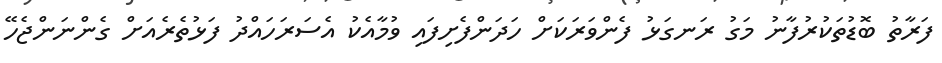
ފަރާތު ބޮޑުތަކުރުފާނު މަގު ރަނގަޅު ފެންވަރަކަށް ހަދަންފެށިފައި ވުމާއެކު އެސަރަހައްދު ފަޅުތެރެއަށް ގެންނަންޖެހޭ